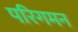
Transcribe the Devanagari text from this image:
परिगमन